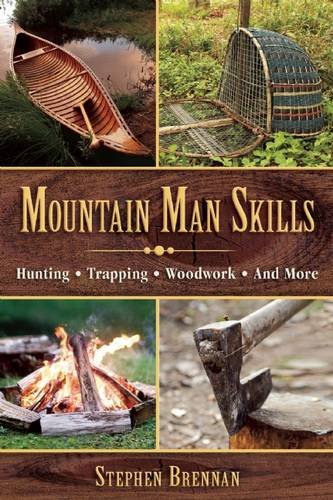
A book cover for Mountain Man Skills: Hunting, Trapping, Woodwork, and More; Stephen Brennan; Crafts, Hobbies & Home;